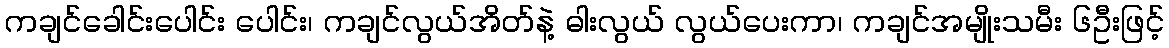
ကချင်ခေါင်းပေါင်း ပေါင်း၊ ကချင်လွယ်အိတ်နဲ့ ဓါးလွယ် လွယ်ပေးကာ၊ ကချင်အမျိုးသမီး ၆ဦးဖြင့်